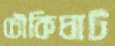
চৌকিঘাট